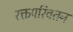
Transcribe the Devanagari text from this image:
रक्तपरिवतन